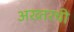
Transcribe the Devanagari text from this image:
अख्तरची